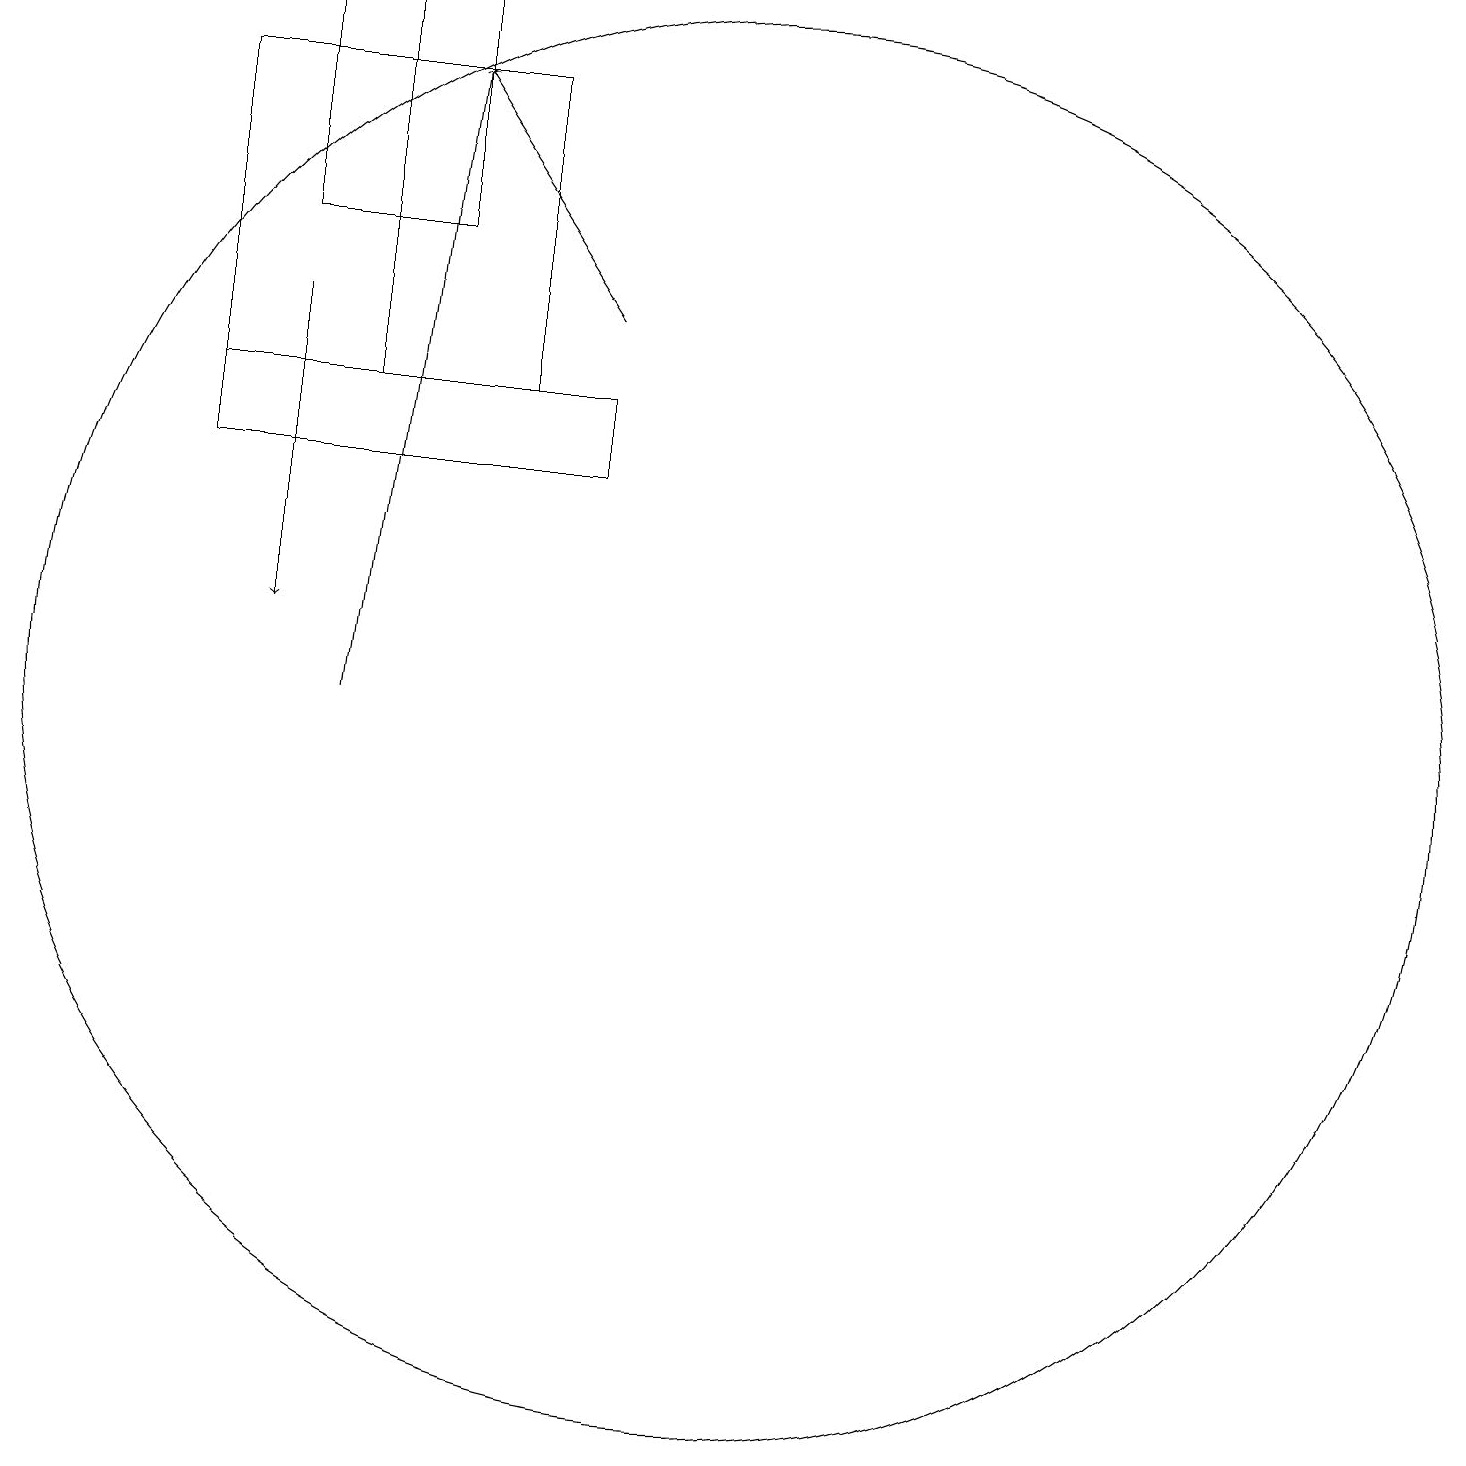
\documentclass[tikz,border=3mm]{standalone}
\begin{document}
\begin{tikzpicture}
\draw (8,14) rectangle (4,18);
\draw (6,19) rectangle (6,14);
\draw[->] (9,15) -- (7,18);
\draw (11,10) circle (9);
\draw (7,19) rectangle (5,16);
\draw[->] (6,10) -- (7,18);
\draw (4,14) rectangle (9,13);
\draw[->] (5,15) -- (5,11);
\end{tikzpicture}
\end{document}